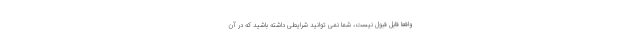
واقعاً قابل قبول نیست، شما نمی توانید شرایطی داشته باشید که در آن